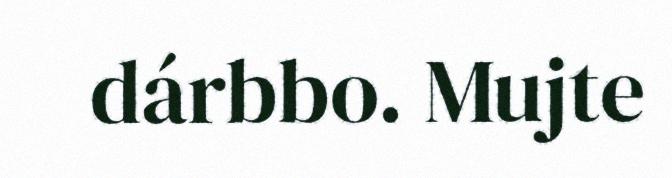
dárbbo. Mujte